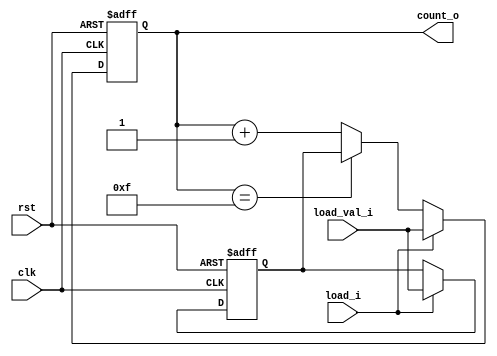
`timescale 1ns / 1ps
//////////////////////////////////////////////////////////////////////////////////
// Company: -
// 
// Design Name: 4-bit Counnter
// Module Name: count
// Project Name: 4-bit Counter
// Target Devices: 
// Tool Versions: 
// Description: 
// 
// Dependencies: 
// 
// Revision:
// Revision 0.01 - File Created
// Additional Comments:
// 
//////////////////////////////////////////////////////////////////////////////////


module count(
    input wire clk,
    input wire rst,
    input wire load_i,
    input wire[3:0] load_val_i,
    output wire[3:0] count_o
    );
    reg[3:0] load_ff;

  always @(posedge clk or posedge rst)
    if (rst)
      load_ff <= 4'h0;
    else if (load_i)
      load_ff <= load_val_i;

  reg[3:0] count_ff;
  wire[3:0] nxt_count;

  always @(posedge clk or posedge rst)
    if (rst)
      count_ff <= 4'h0;
    else
      count_ff <= nxt_count;

  assign nxt_count = load_i ? load_val_i :(count_ff == 4'hF) ? load_ff :count_ff + 4'h1;

  assign count_o = count_ff;

endmodule